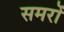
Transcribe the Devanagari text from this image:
समरों